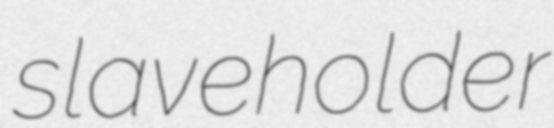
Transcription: slaveholder